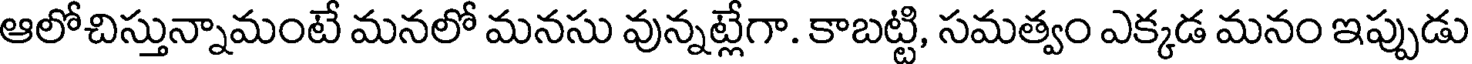
ఆలోచిస్తున్నామంటే మనలో మనసు వున్నట్లేగా. కాబట్టి, సమత్వం ఎక్కడ మనం ఇప్పుడు